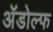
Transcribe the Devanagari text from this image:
अॅडोल्फ